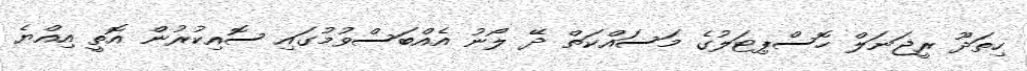
ހިތަދޫ ރީޖަނަލް ހޮސްޕިޓަލުގެ މަސައްކަތް ދޭ ލޯނު އެއްބަސްވުމުގައި ސޮއިކުރުން އޮތީ އިއްޔެ